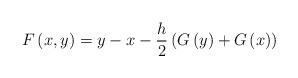
LaTeX: \begin{align*}F\left( x,y\right) =y-x-\frac{h}{2}\left( G\left( y\right) +G\left(x\right) \right) \end{align*}